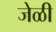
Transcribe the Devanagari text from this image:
जेळी